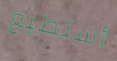
أستطيع